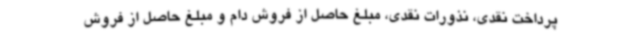
پرداخت نقدی، نذورات نقدی، مبلغ حاصل از فروش دام و مبلغ حاصل از فروش